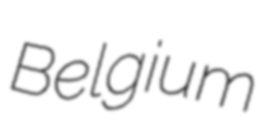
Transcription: Belgium